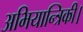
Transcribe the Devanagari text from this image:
अभियान्त्रिकी।